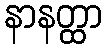
နာနတ္ထာ